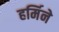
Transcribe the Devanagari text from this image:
हर्मिने